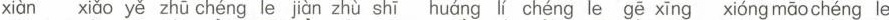
xiàn xiǎo yě zhū chéng le jiàn zhù shī huáng lí chéng le gē xīng xióng māo chéng le